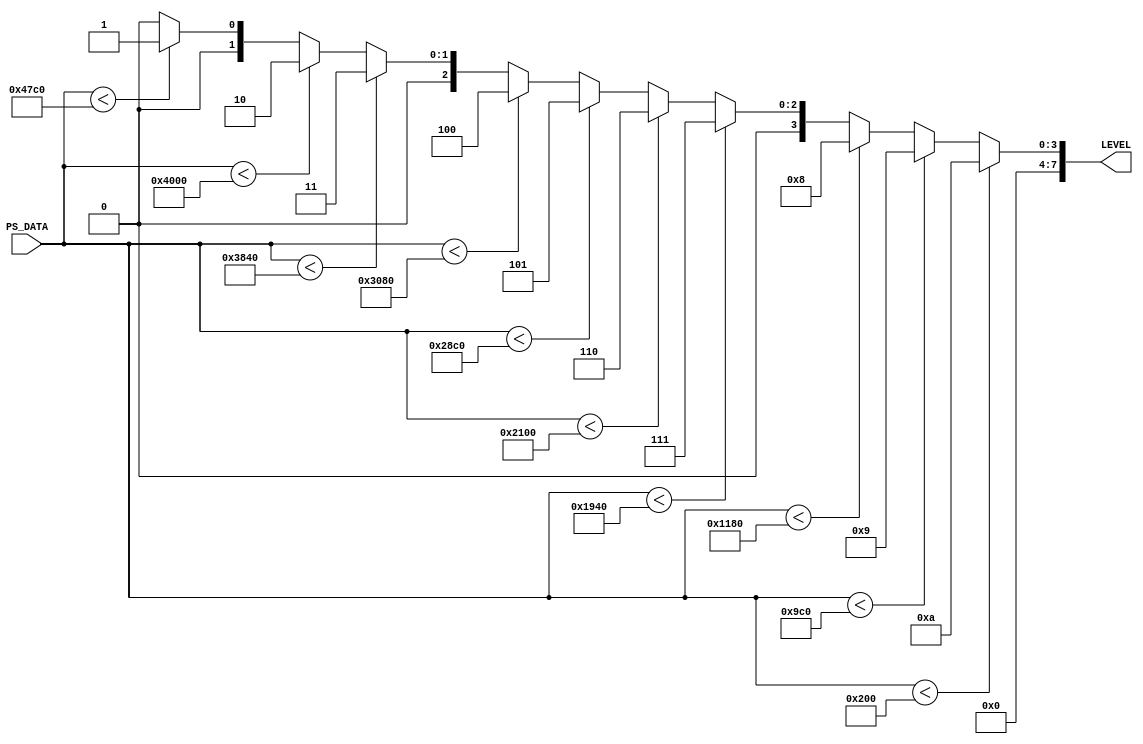
module LEVEL_CAMP (
input  [17:0]PS_DATA,
output [7:0] LEVEL
); 
wire [15:0]DAT ; 

assign DAT = (16'h4000 - 16'h200)/8 ; 
//--LEVEL COMP ---

// added more sensitivity values
assign  LEVEL  = 
  ( PS_DATA < 16'h 200  ) ? 8'd10: (
  ( PS_DATA < 16'h 200+DAT*1  ) ? 8'd9: (
  ( PS_DATA < 16'h 200+DAT*2  ) ? 8'd8: (
  ( PS_DATA < 16'h 200+DAT*3  ) ? 8'd7: (
  ( PS_DATA < 16'h 200+DAT*4  ) ? 8'd6: (
  ( PS_DATA < 16'h 200+DAT*5  ) ? 8'd5: (
  ( PS_DATA < 16'h 200+DAT*6  ) ? 8'd4: (
  ( PS_DATA < 16'h 200+DAT*7  ) ? 8'd3: (
  ( PS_DATA < 16'h 200+DAT*8  ) ? 8'd2: (
  ( PS_DATA < 16'h 200+DAT*9  ) ? 8'd1: (
  ( PS_DATA < 16'h 200+DAT*10  ) ? 8'd0: 8'd0
  ))))))))));
  
 endmodule